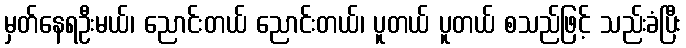
မှတ်နေရဦးမယ်၊ ညောင်းတယ် ညောင်းတယ်၊ ပူတယ် ပူတယ် စသည်ဖြင့် သည်းခံပြီး